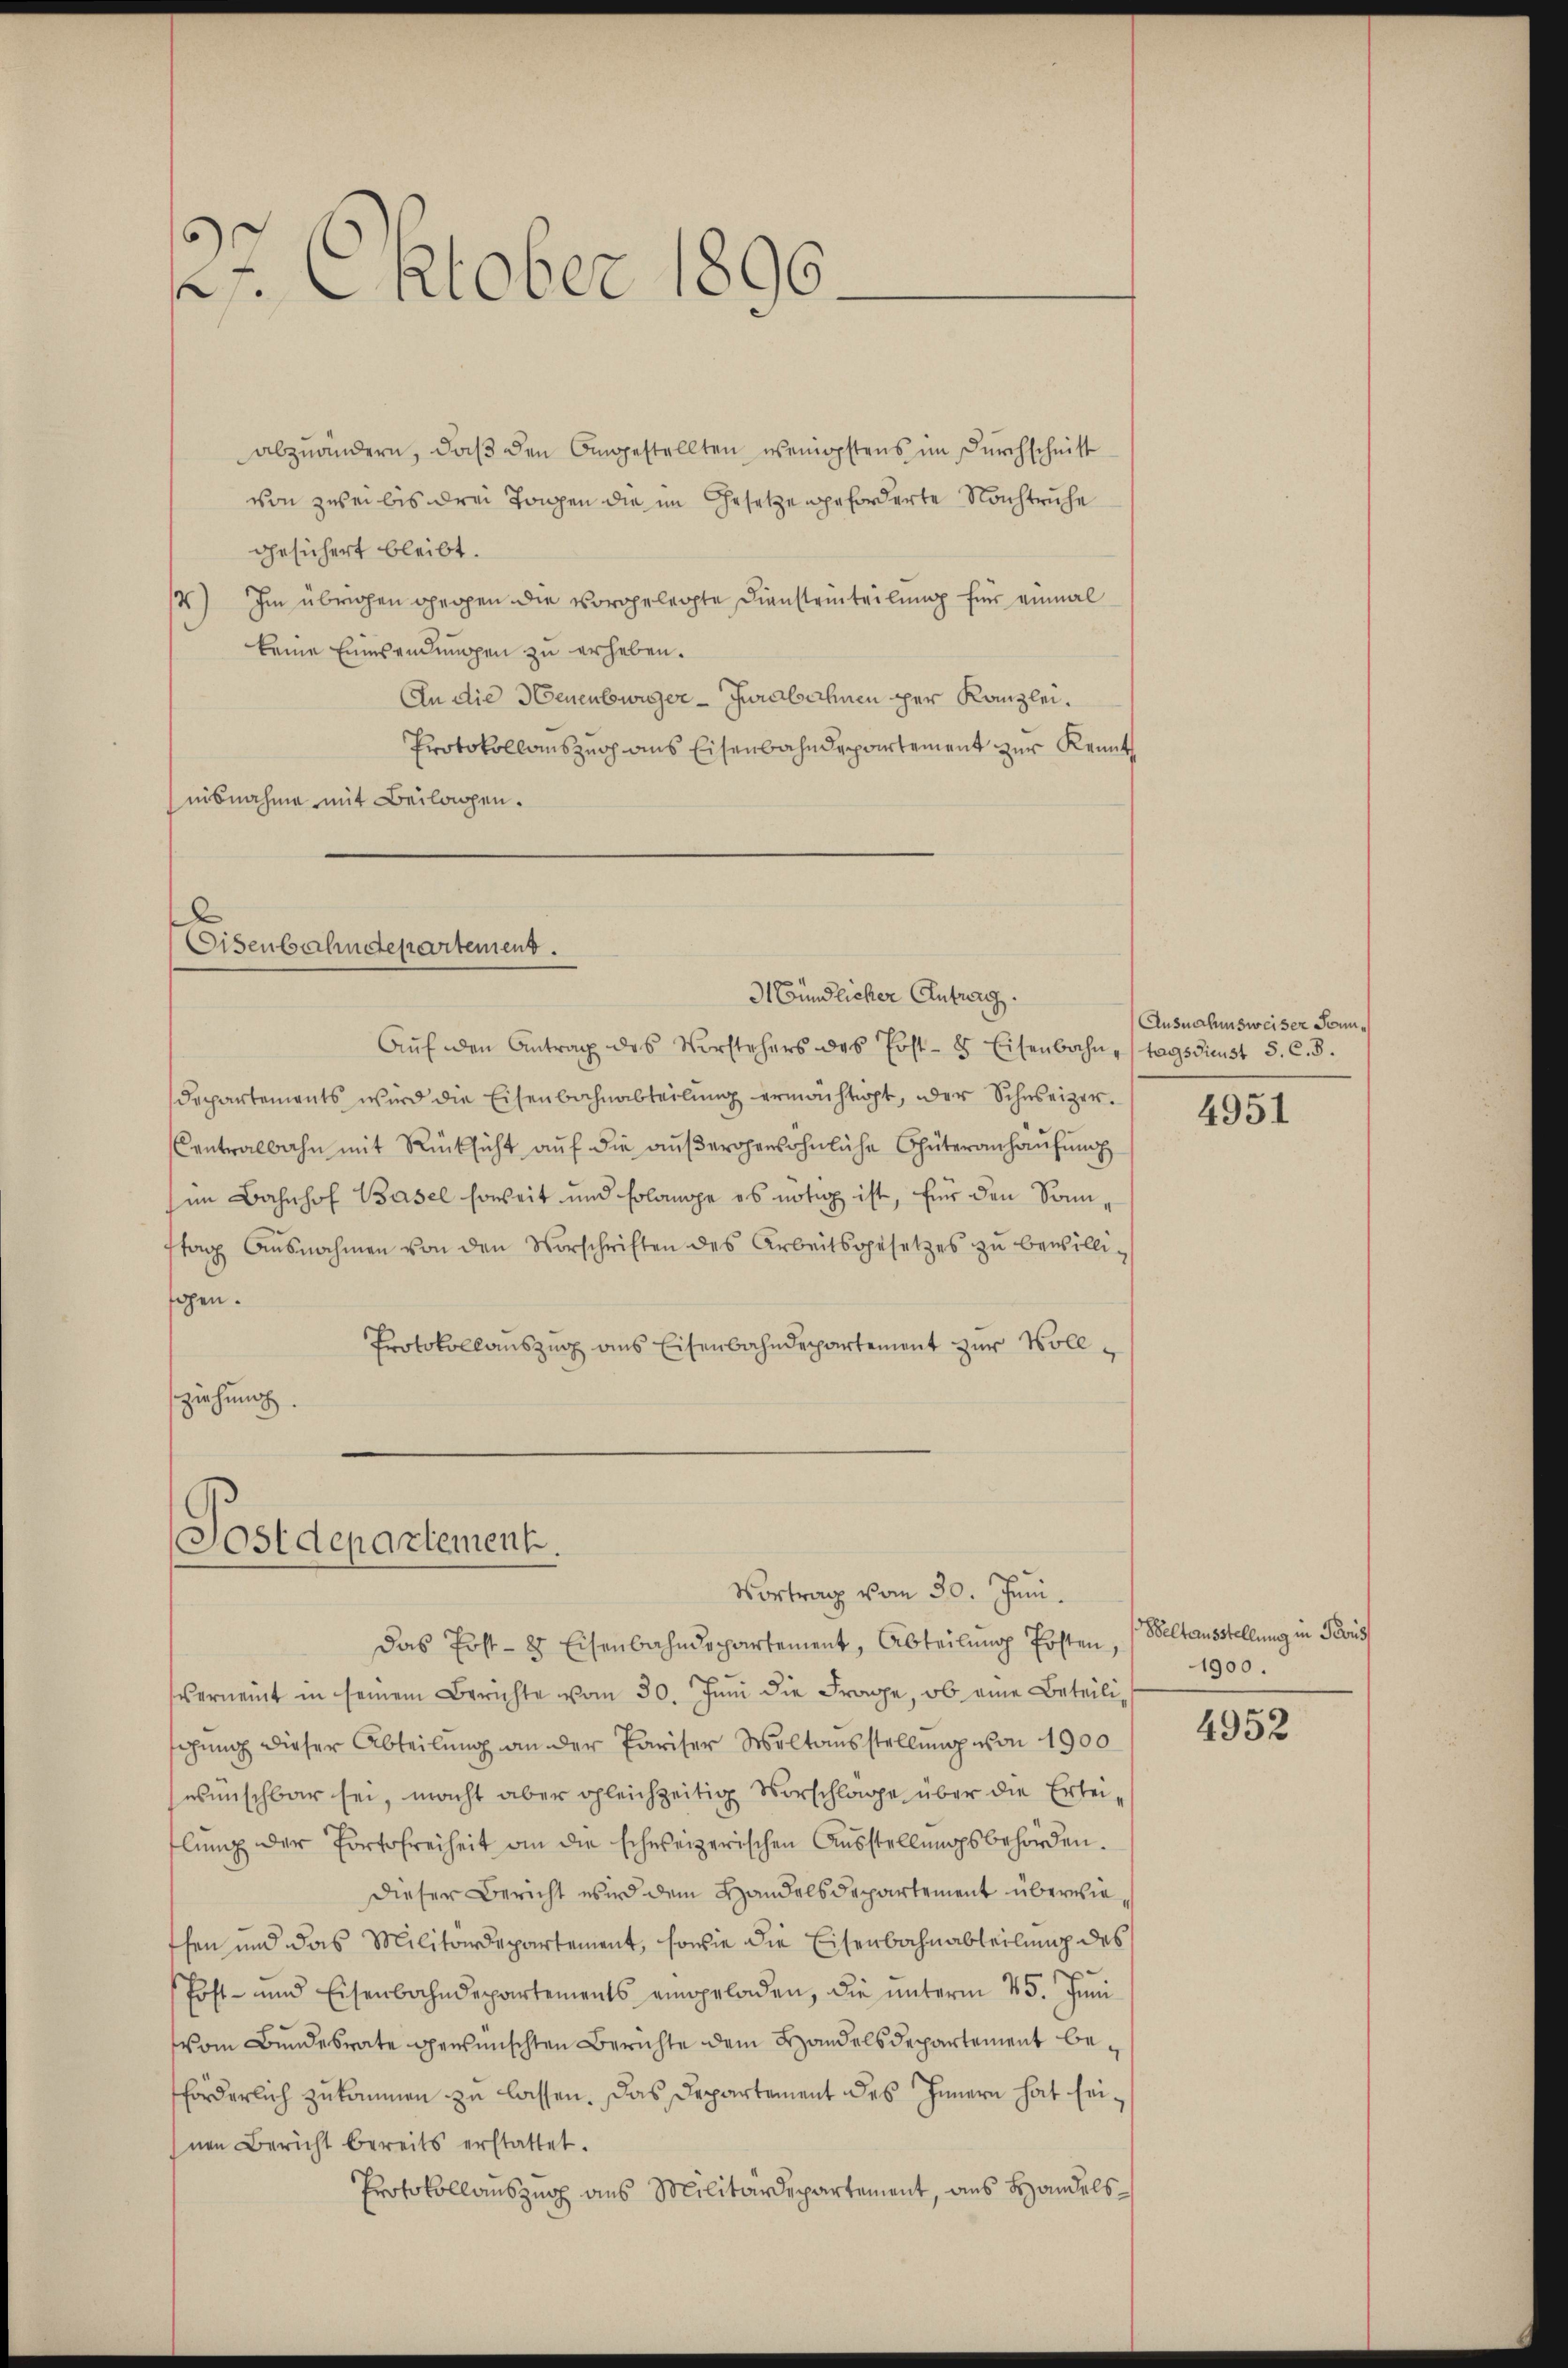
22. Oktober 1890.

abzuändern, daβ den Angestellten wenigstens im Durchschnitt
von zwei bis drei Tagen die im Gesetze geforderte Nachtruhe
gesichert bleibt.
/4) Im übrigen gegen die vorgelegte Diensteinteilung für einmal
keine Einesendungen zu erheben.
An die Heuenburger-Jurabschnen per Kanzlei¬
Protokollauszech aus Eisenbahndepartement zur Kenntnibnahme mit Beilagen.

l
Eisenbahndepartement.
31 Gündlicher Antrag.

Aŭf den Antrag des Vorstehers des Post- & Eisenbahn tagsdienst S. C. d.
departements wird die Eisenbahnabteilŭng ermächtigt, der Schweizer.
Centralbahn mit Rücksicht aŭf die aŭβergewöhnliche Güteranhausung
im Bahnhof Basel soweit und solange es nötig ist, für den Sonnstag Ausnahmen von den Vorschriften des Arbeitsgesetzes zu bewilligen.
Protokollauszug aus Eisenbahndepartement zur Vollziehung

Postdepartement.
Vortrag vom 30. Juni.

Das Post- 8 Eisenbahndepartement, Abteilung Posten,
vernennt in seinem Berichte vom 30. Juni die Frage, ob eine Beteiligung dieser Abteilung an der Pariser Weltausstellung von 1900
wünschbar sei, macht aber gleichzeitig Vorschläge über die Erbeilung der Portofreiheit an die schweizerischen Ausstellungsbehörden.
Dieser Bericht wird dem Handelsdepartement überwiethen und das Militärdepartement, sowie die Eisenbahnabteilung des
Post- und Eisenbahndepartements eingeladen, die ŭnterm 25. Jŭni
vom Bundesrate gewünschten Berichte dem Handelsdepartement beförderlich zukommen zu lassen. Das Departement des Innern hat seinen Bericht bereits erstattet.
Protokollauszug aus Militärdepartement, aus Handels¬

Ausnahmsweiser Sonn¬
4951

Weltausstellung in Preus
1900.

4952